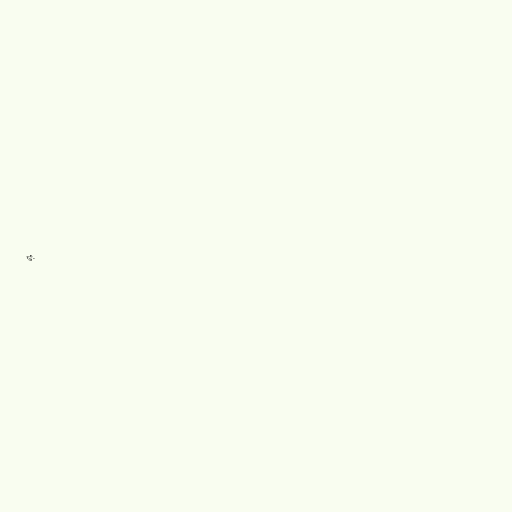
rs.